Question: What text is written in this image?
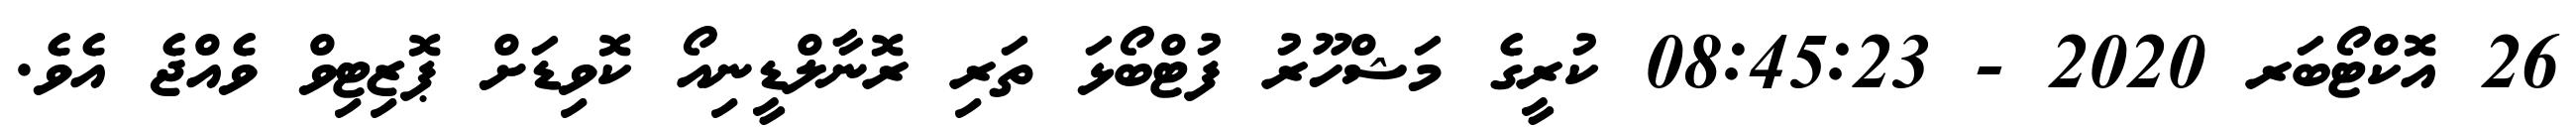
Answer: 26 އޮކްޓޯބަރ 2020 - 08:45:23 ކުރީގެ މަޝްހޫރު ފުޓްބޯޅަ ތަރި ރޮނާލްޑީނިއޯ ކޮވިޑަށް ޕޮޒިޓިވް ވެއްޖެ އެވެ.